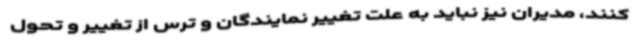
کنند، مدیران نیز نباید به علت تغییر نمایندگان و ترس از تغییر و تحول